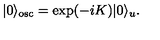
| 0 \rangle _ { \mathrm { o s c } } = \exp ( - i K ) | 0 \rangle _ { u } .